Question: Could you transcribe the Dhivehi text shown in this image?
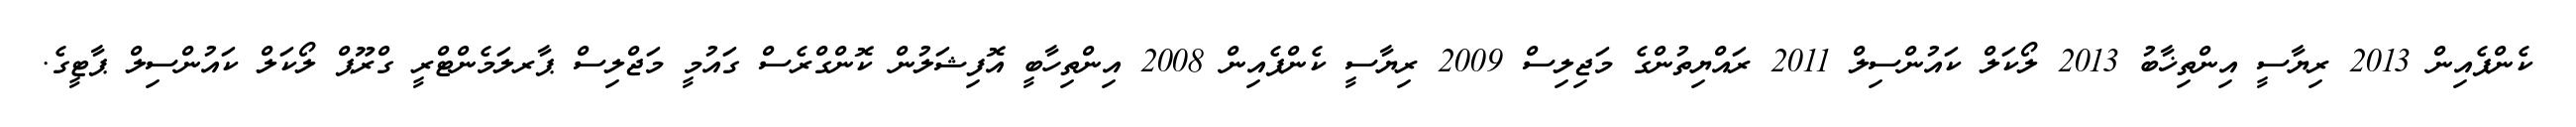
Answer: ކެންޕެއިން 2013 ރިޔާސީ އިންތިޚާބު 2013 ލޯކަލް ކައުންސިލް 2011 ރައްޔިތުންގެ މަޖިލިސް 2009 ރިޔާސީ ކެންޕެއިން 2008 އިންތިހާބީ އޮފިޝަލުން ކޮންގްރެސް ގައުމީ މަޖްލިސް ޕާރލަމެންޓްރީ ގްރޫޕް ލޯކަލް ކައުންސިލް ޕާޓީގެ.